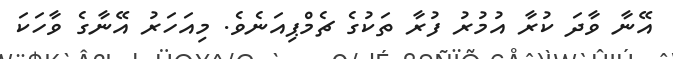
އޭނާ ވާދަ ކުރާ އުމުރު ފުރާ ތަކުގެ ޗެމްޕިއަނެވެ. މިއަހަރު އޭނާގެ ވާހަކަ